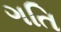
ગતિ